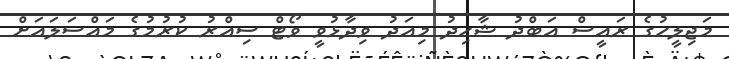
މަޖިލީހުގެ ރައީސް އަބްދު ޝާހިދު މިއަދު ވިދާޅުވީ ވޯޓް ސިއްރު ކުރުމުގެ މައްސަލައަށް